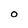
Character: O